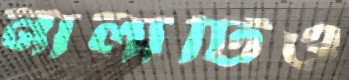
নালাটিও